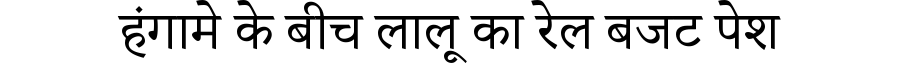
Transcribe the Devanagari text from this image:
हंगामे के बीच लालू का रेल बजट पेश